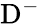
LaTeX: \mathrm{D^{-}}